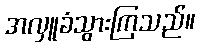
အလှူခံသွားကြသည်။